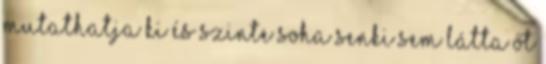
mutathatja ki és szinte soha senki sem látta őt